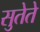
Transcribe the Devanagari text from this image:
सुतेते